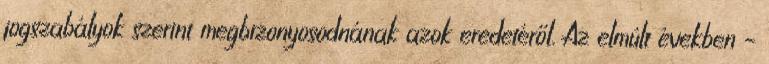
jogszabályok szerint megbizonyosodnának azok eredetéről. Az elmúlt években –